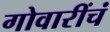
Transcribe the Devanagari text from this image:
गोवारींचं